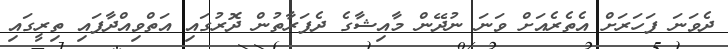
ދެވަނަ ފަހަރަށް އެތެރެއަށް ވަނަ ނުދޭން މާއިޝާގެ ދެފަރާތުން ދޮރުގައި އަތްވިއްދާފައި ތިރީގައި